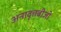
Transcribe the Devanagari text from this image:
अनावृत्तबीजी